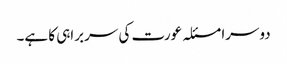
دوسرا مسئلہ عورت کی سربراہی کا ہے۔